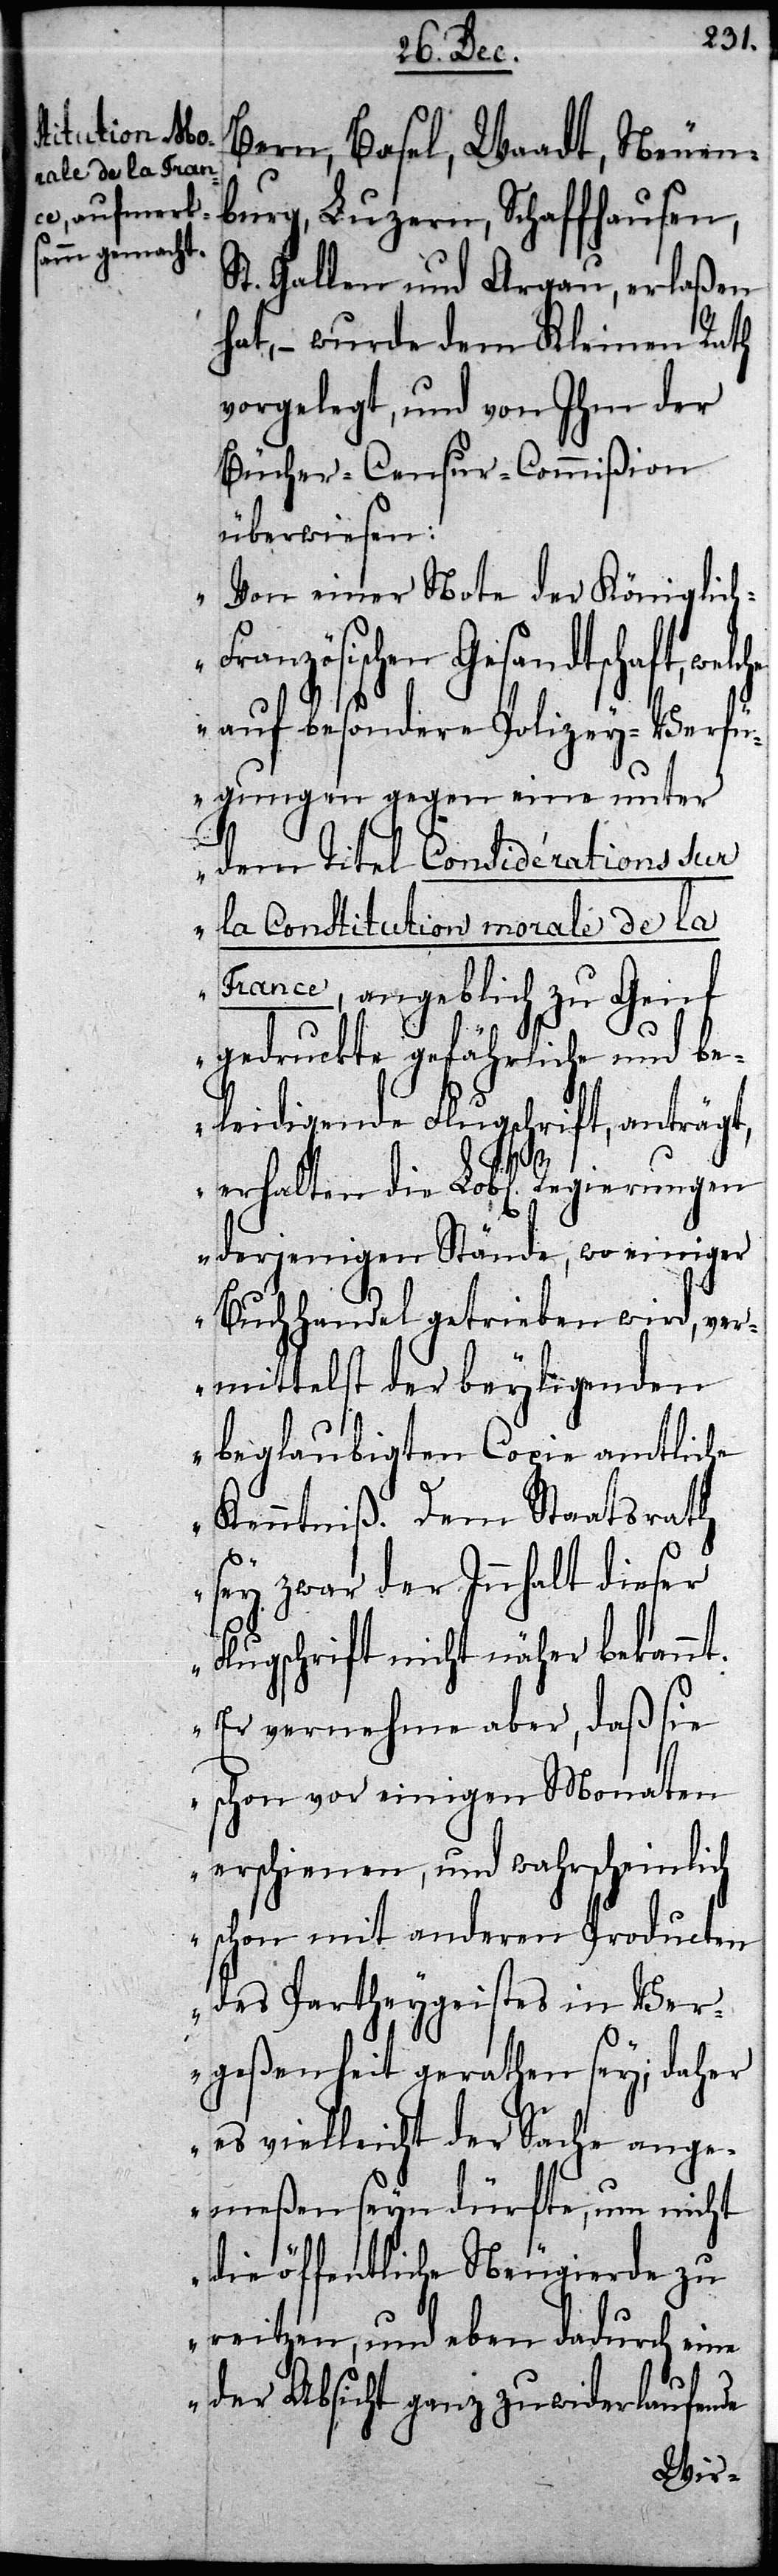
Bern, Basel, Waadt, Neuen¬
burg, Luzern, Schaffhausen,
St. Gallen und Argau, erlaßen
hat, – wurde dem Kleinen Rath
vorgelegt, und von Ihm der
Bücher-Censur-Commißion
überwiesen:
„Von einer Note der Königlic¬
ranzösischen Gesandtschaft,
auf besondere Polizey-Verfü¬
gungen gegen eine unter
dem Titel Considérations sur
la Constitution morale de la
France, angeblich zu Genf
gedruckte gefährliche und be¬
leidigende Flugschrift, anträgt,
h-F¬
erhalten die Lobl. Regierungen
derjenigen Stände, wo einiger
Buchhandel getrieben wird, ver¬
mittelst der beyligenden
beglaubigten Copie amtliche
Kenntniß. Dem Staatsrath
sey zwar der Innhalt dieser
Flugschrift nicht näher bekannt.
Er vernehme aber, daß sie
schon vor einigen Monaten
erschienen, und wahrscheinlich
schon mit anderen Producten
des Partheygeistes in Ver¬
geßenheit gerathen sey; daher
es vielleicht der Sache ange¬
meßen seyn dürfte, um nicht
die öffentliche Neugierde zu
reitzen, und eben dadurch eine
der Absicht ganz zuwiderlaufende